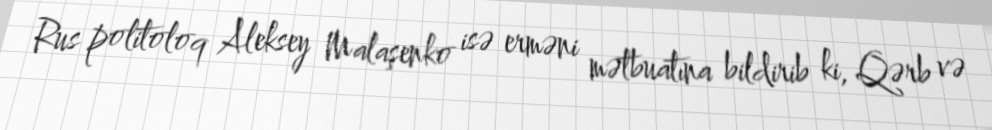
Rus politoloq Aleksey Malaşenko isə erməni mətbuatına bildirib ki, Qərb və